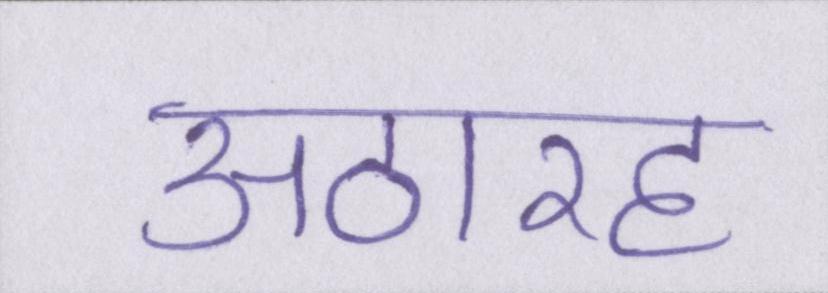
अठारह